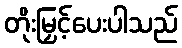
တိုးမြှင့်ပေးပါသည်